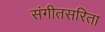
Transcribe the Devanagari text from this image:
संगीतसरिता